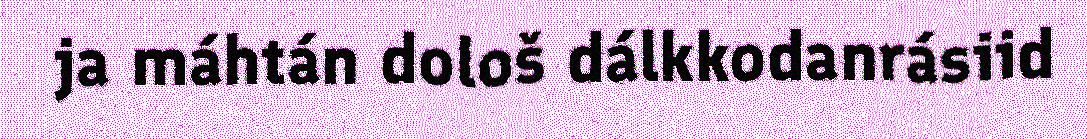
ja máhtán dološ dálkkodanrásiid